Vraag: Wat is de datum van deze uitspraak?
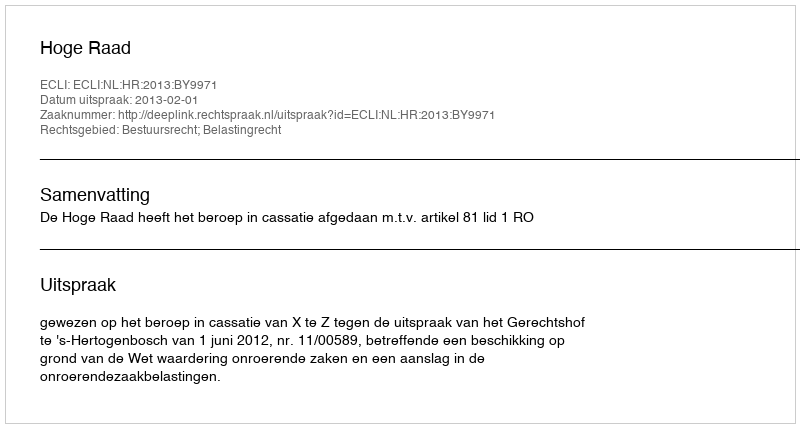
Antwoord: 2013-02-01